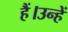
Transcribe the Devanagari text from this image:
हैं।उन्हें